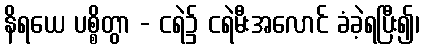
နိရယေ ပစ္စိတွာ - ငရဲ၌ ငရဲမီးအလောင် ခံခဲ့ရပြီး၍၊